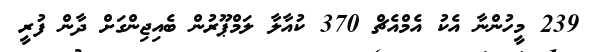
239 މީހުންނާ އެކު އެމްއެޗް 370 ކުއާލާ ލަމްޕޫރުން ބެއިޖިންގަށް ދާން ފުރީ